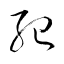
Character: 紀